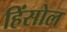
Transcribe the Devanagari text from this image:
हिंसोल